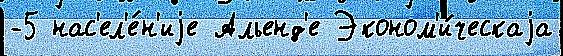
-5 нас'ел'е́н'иjе Альенд'е Эконом'и́ческаjа